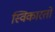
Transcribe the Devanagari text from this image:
स्विकारतो